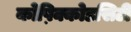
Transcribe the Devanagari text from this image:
कोष़िक्कोडसिटी